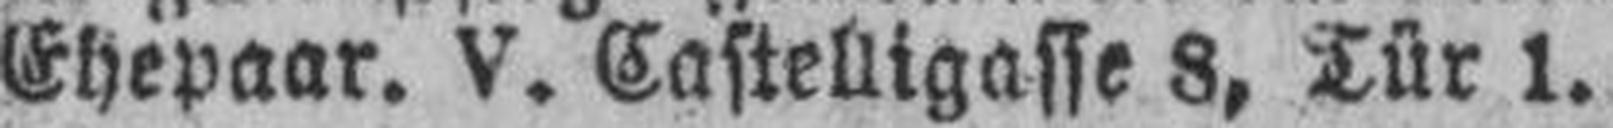
Ehepaar. V. Castelligasse 8, Tür 1.